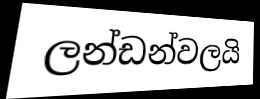
ලන්ඩන්වලයි